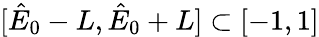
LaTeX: [\hat{E}_{0}-L,\hat{E}_{0}+L]\subset[-1,1]